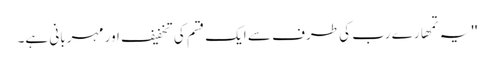
''یہ تمھارے رب کی طرف سے ایک قسم کی تخفیف اور مہربانی ہے۔